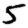
Digit: 5